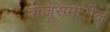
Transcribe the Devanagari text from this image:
बाजूसमोरील